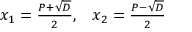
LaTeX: \begin{array} { l l } { x _ { 1 } = { \frac { P + { \sqrt { D } } } { 2 } } , } & { x _ { 2 } = { \frac { P - { \sqrt { D } } } { 2 } } } \end{array}